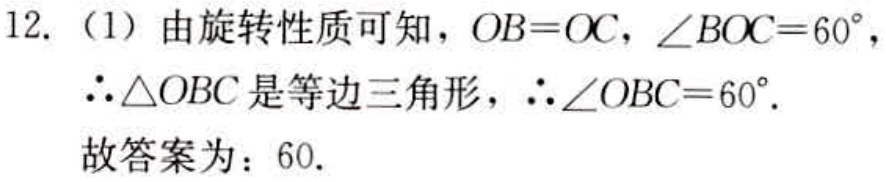
12. （1）由旋转性质可知，\(OB = OC\)，\(\angle BOC = 60^{\circ}\)，
\(\therefore\triangle OBC\)是等边三角形，\(\therefore\angle OBC = 60^{\circ}\).
故答案为：\(60\).